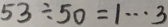
5 3 \div 5 0 = 1 \cdots 3